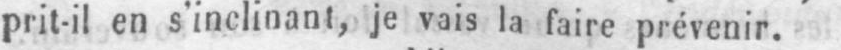
prit-il en s’inclinant, je vais la faire prévenir.